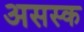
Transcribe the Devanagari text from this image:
असस्क